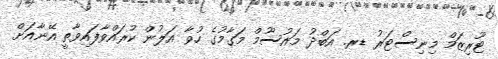
ޓޫރިޒަމް މިނިސްޓަރު ޑރ. އަބްދު މައުސޫމް މަގާމުގެ ހުވާ އަލުން ކުރައްވާފައިވާތީ އޭނާއަށް